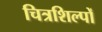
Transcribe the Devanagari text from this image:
चित्रशिल्पों